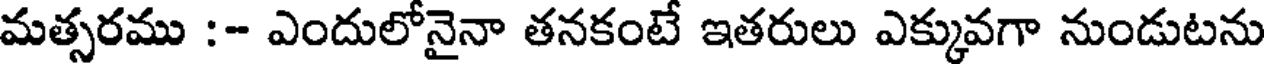
మత్సరము :- ఎందులోనైనా తనకంటే ఇతరులు ఎక్కువగా నుండుటను